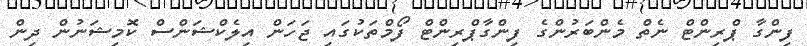
ފިންގާ ޕްރިންޓް ނެތް މެންބަރުންގެ ފިންގާޕްރިންޓް ފޯމްތަކުގައި ޖަހަން އިލެކްޝަންސް ކޮމިޝަނުން ދިން